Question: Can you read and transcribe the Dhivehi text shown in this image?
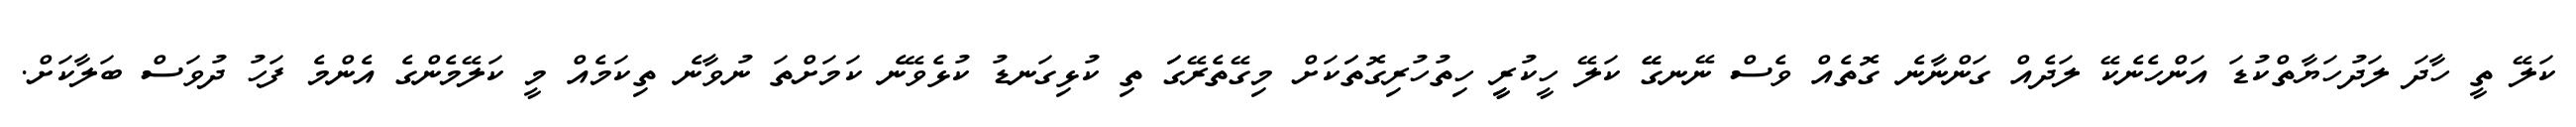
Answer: ކަލޭ ތީ ހާދަ ލަދުހަޔާތްކުޑަ އަންހެނެކޭ ލަދެއް ގަންނާނެ ގޮތެއް ވެސް ނޭނގޭޭ ކަލޭ ހީކުރީީ ހިތުހުރިގޮތަަކަށް މިގޭތެރޭގަަ ތި ކުޅިގަނޑު ކުޅެވޭނެ ކަމަށްތަ ނުވާނެ ތިކަމެއް މީ ކަލޭމެންގެ އެންމެ ފަހު ދުވަސް ބަލާކަށް.